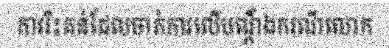
ការរិះគន់ដែលចាត់ការលើបណ្តឹងករណីលោក